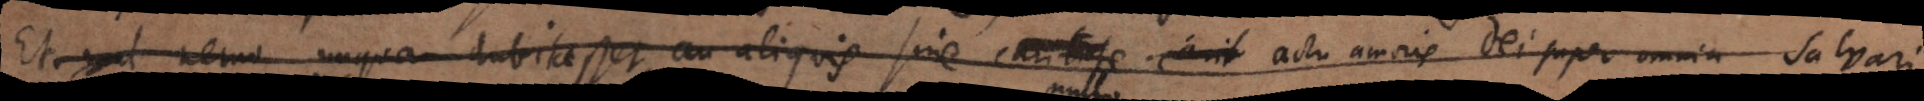
Et nemo unquam dubitasset, an aliquis sine caritate erit actu amoris Dei super omnia salvari